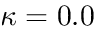
\kappa = 0 . 0